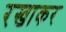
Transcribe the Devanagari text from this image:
रखाकर